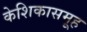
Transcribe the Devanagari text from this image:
केशिकासमूह